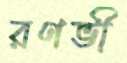
রণভী